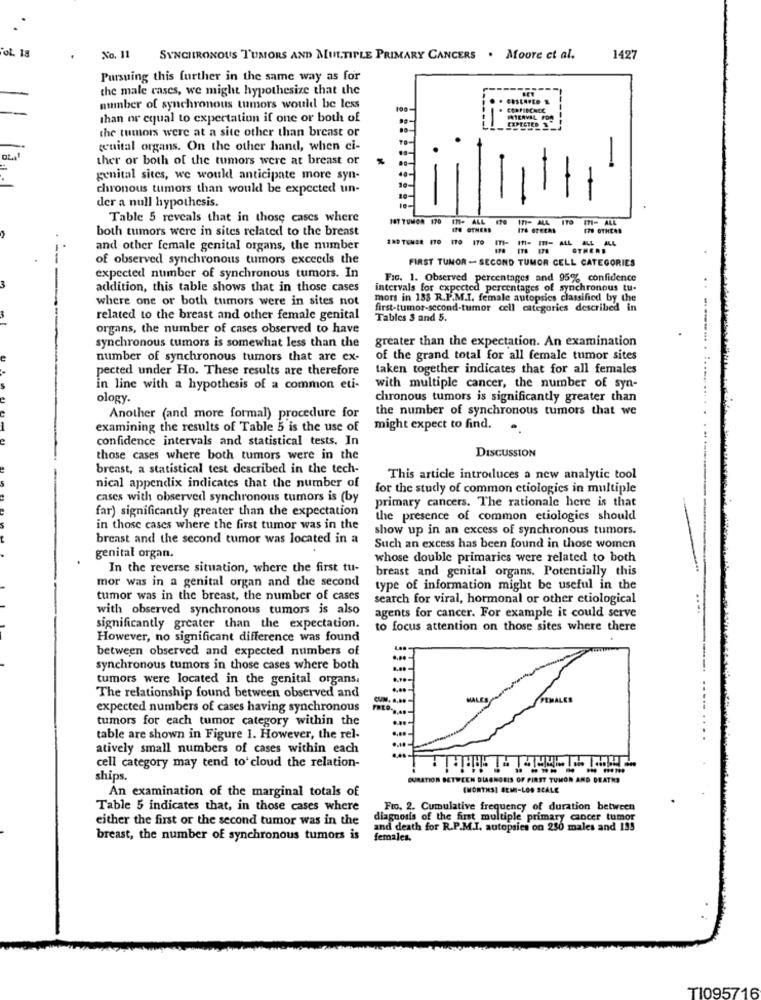
oL. 18
No. 11
SYNCHRONOUS TUMORS AND MULTIPLE PRIMARY CANCERS . Moore et al.
1427
Pursuing this further in the same way as for
the male cases, we might hypothesize that the
number of synchronous tumors would be less
than or equal to expectation if one or both of
INTERVAL FOR
EXPECTED &
the tumors were at a site other than breast or
genital organs. On the other hand, when ci-
ther or both of the tumors were at breast or
-
genital sites, we would anticipate more syn-
chronous tumors than would be expected un-
der a null hypothesis.
Table 5 reveals that in those cases where
187 TUMOR 170
ITI- ALL
177- ALL
ITO
171- ALL
both tumors were in sites related to the breast
ITO OTHERS
178 OTHERS
2ND TUMOR (TO ITO ITO ITI-
and other female genital organs, the number
of observed synchronous tumors exceeds the
FIRST TUMOR - SECOND TUMOR CELL CATEGORIES
expected number of synchronous tumors. In
Fic. 1. Observed percentages and 95% confidence
addition, this table shows that in those cases
intervals for expected percentages of synchronous tu-
where one or both tumors were in sites not
mors in 183 R.P.M.I. female autopsies classified by the
first-tumor-second-tumor cell categories described in
related to the breast and other female genital
Tables 3 and 5.
organs, the number of cases observed to have
greater than the expectation. An examination
synchronous tumors is somewhat less than the
number of synchronous tumors that are ex-
of the grand total for all female tumor sites
pected under Ho. These results are therefore
taken together indicates that for all females
............ . ...
in line with a hypothesis of a common eti-
with multiple cancer, the number of syn-
ology.
chronous tumors is significantly greater than
the number of synchronous tumors that we
Another (and more formal) procedure for
examining the results of Table 5 is the use of
might expect to find.
confidence intervals and statistical tests. In
DISCUSSION
those cases where both tumors were in the
breast, a statistical test described in the tech-
This article introduces a new analytic tool
nical appendix indicates that the number of
for the study of common etiologies in multiple
cases with observed synchronous tumors is (by
primary cancers. The rationale here is that
far) significantly greater than the expectation
the presence of common etiologies should
in those cases where the first tumor was in the
show up in an excess of synchronous tumors.
breast and the second tumor was located in a
Such an excess has been found in those women
genital organ.
whose double primaries were related to both
In the reverse situation, where the first tu-
breast and genital organs. Potentially this
mor was in a genital organ and the second
type of information might be useful in the
tumor was in the breast, the number of cases
search for viral, hormonal or other etiological
with observed synchronous tumors is also
agents for cancer. For example it could serve
significantly greater than the expectation.
to focus attention on those sites where there
However, no significant difference was found
between observed and expected numbers of
synchronous tumors in those cases where both
tumors were located in the genital organs.
The relationship found between observed and
expected numbers of cases having synchronous
tumors for each tumor category within the
table are shown in Figure 1. However, the rel-
atively small numbers of cases within each
cell category may tend to'cloud the relation-
ships.
DURATION BETWEEN DIAGNOSIS OF FIRST TUMOR AND DEATHS
(MONTHS] SEMI-LOS SCALE
An examination of the marginal totals of
Table 5 indicates that, in those cases where
Fro. 2. Cumulative frequency of duration between
either the first or the second tumor was in the
diagnosis of the first multiple primary cancer tumor
and death for R.P.M.I. autopsies on 250 males and 153
breast, the number of synchronous tumors is
females.
TI095716